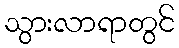
သွားလာရာတွင်